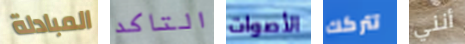
المبادلة التاكد الأصوات تتركك أنني